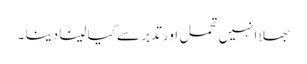
بھلا انہیں تحمل اور تدبر سے کیا لینا دینا ۔